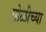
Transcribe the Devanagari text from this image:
पोळीच्या